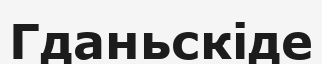
Гданьскіде